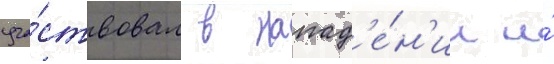
уча́ствовал в напад'е́н'ии и́